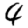
Digit: 4